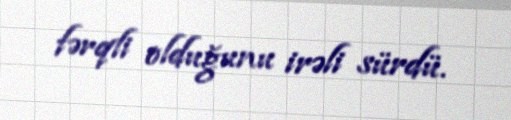
fərqli olduğunu irəli sürdü.